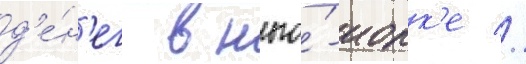
д'е́н'ег в нью́-иорк'е //